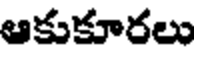
ఆకుకూరలు